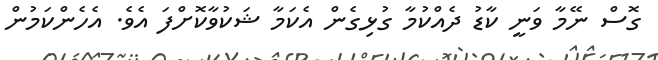
ގޮސް ނޭމާ ވަނީ ކާޑު ދެއްކުމާ ގުޅިގެން އެކަމާ ޝަކުވާކޮށްފަ އެވެ. އެހެންކަމުން